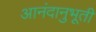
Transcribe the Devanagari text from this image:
आनंदानुभूती